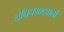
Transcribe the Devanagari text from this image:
लेनिनग्रादवालों